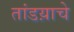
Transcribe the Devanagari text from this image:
तांडय़ाचे